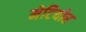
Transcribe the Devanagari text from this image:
मेटियोर